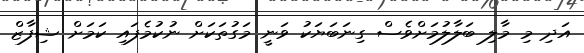
އަދި މި މާލި ބަލާލުމަށްވެސް ގިނަބަޔަކު ވަނީ މަގުތަކަށް ނުކުމެފައި ކަމަށް ޝިފާޒް